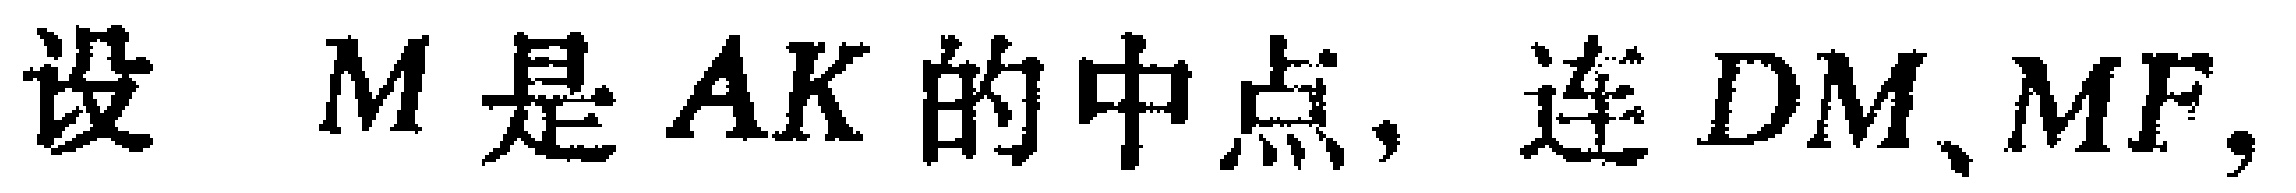
设 \(M\) 是 \(AK\) 的中点，连 \(DM、MF\)，